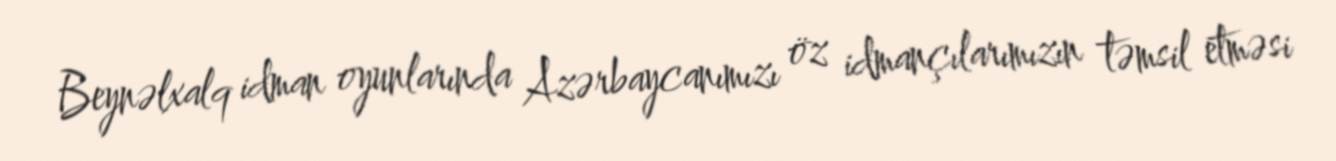
Beynəlxalq idman oyunlarında Azərbaycanımızı öz idmançılarımızın təmsil etməsi